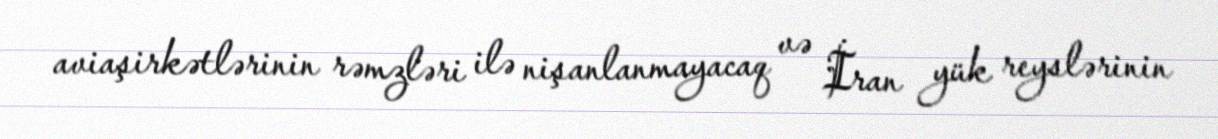
aviaşirkətlərinin rəmzləri ilə nişanlanmayacaq və İran yük reyslərinin